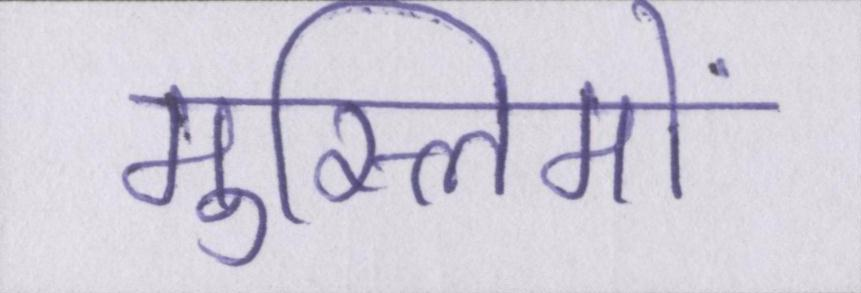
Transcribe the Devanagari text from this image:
मुस्लिमों